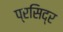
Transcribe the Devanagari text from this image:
प्रसिद्र